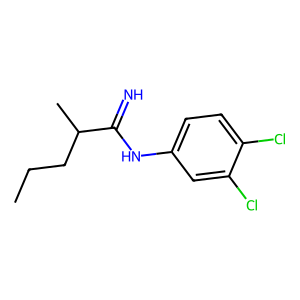
SMILES: CCCC(C)C(=N)Nc1ccc(Cl)c(Cl)c1
Inhibits HIV replication: No